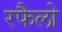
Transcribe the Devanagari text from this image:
रफैलो